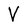
Character: V